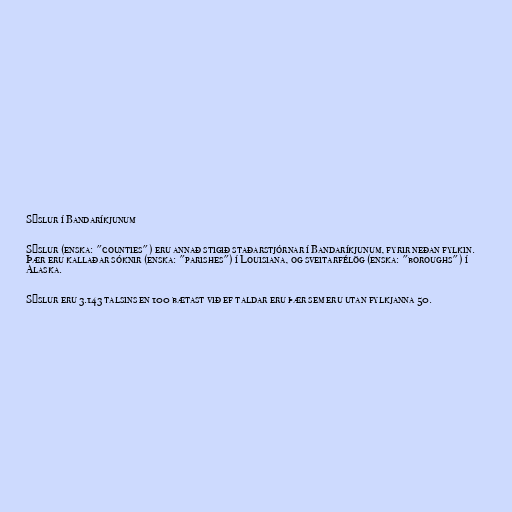
Sýslur í Bandaríkjunum

Sýslur (enska: "counties") eru annað stigið staðarstjórnar í Bandaríkjunum, fyrir neðan fylkin.
Þær eru kallaðar sóknir (enska: "parishes") í Louisiana, og sveitarfélög (enska: "boroughs") í
Alaska.

Sýslur eru 3.143 talsins en 100 bætast við ef taldar eru þær sem eru utan fylkjanna 50.